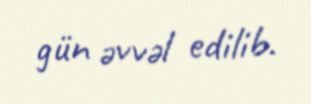
gün əvvəl edilib.